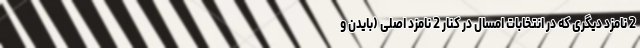
2 نامزد دیگری که در انتخابات امسال در کنار 2 نامزد اصلی (بایدن و